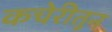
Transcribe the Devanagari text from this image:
कचेरीतून